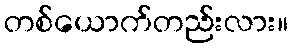
တစ်ယောက်တည်းလား။